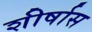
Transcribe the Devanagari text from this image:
शीर्षास